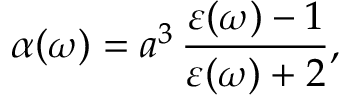
\alpha ( \omega ) = a ^ { 3 } \, \frac { \varepsilon ( \omega ) - 1 } { \varepsilon ( \omega ) + 2 } ,